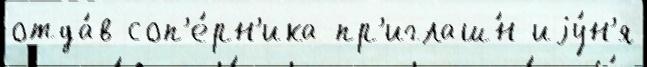
отда́в соп'е́рн'ика пр'иглаш́н иjу́н'я